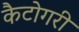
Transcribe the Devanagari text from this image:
कैटोगरी